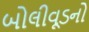
બોલીવૂડનો